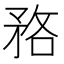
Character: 𱳜